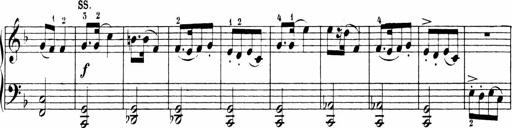
Title: Sonatinen Op.47, 98 und 136, nebst 6 Liedersonatinen
Composer: Carl Reinecke